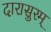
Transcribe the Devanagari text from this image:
दारासुरम्